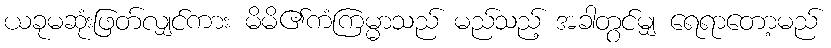
ယခုမဆုံးဖြတ်လျှင်ကား မိမိ၏ကံကြမ္မာသည် မည်သည့် အခါတွင်မျှ ရေရာတော့မည်